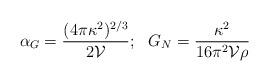
LaTeX: \begin{align*}\alpha_G={{(4 \pi \kappa^2)^{2/3}}\over{2 \mathcal{V}}};\,\,\,\, G_N={\kappa^2\over{16 \pi^2\mathcal{V}\rho}}\end{align*}